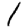
Digit: 1